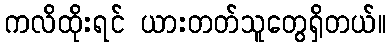
ကလိထိုးရင် ယားတတ်သူတွေရှိတယ်။